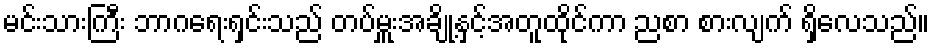
မင်းသားကြီး ဘာဂရေးရှင်းသည် တပ်မှူးအချို့နှင့်အတူထိုင်ကာ ညစာ စားလျက် ရှိလေသည်။